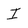
Character: I